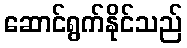
ဆောင်ရွက်နိုင်သည်